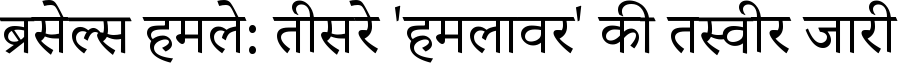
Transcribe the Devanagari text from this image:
ब्रसेल्स हमले: तीसरे 'हमलावर' की तस्वीर जारी